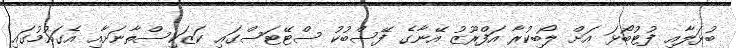
ބުޅަލާއި ފުޓުބޯޅަ އަށް ލޯބިކުރާ އަފްރޫޒު އޭނާގެ ފޭސްބުކު ސްޓޭޓަސްގައި ކަޒަކިސްތާނަށާއި އެގައުމުގައި